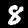
Label: 8